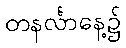
တနင်္လာနေ့၌